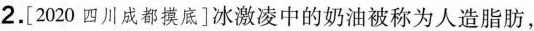
2.[2020四川成都摸底]冰激凌中的奶油被称为人造脂肪，